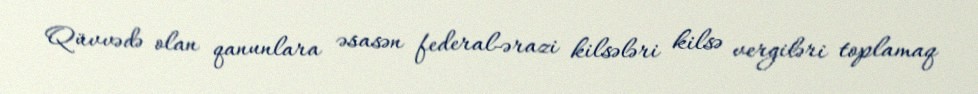
Qüvvədə olan qanunlara əsasən federal-ərazi kilsələri kilsə vergiləri toplamaq